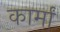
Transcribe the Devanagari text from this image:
कार्मां